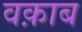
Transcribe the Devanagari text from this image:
वक़ाब